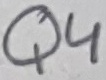
Text: Q4